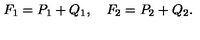
F _ { 1 } = P _ { 1 } + Q _ { 1 } , \quad F _ { 2 } = P _ { 2 } + Q _ { 2 } .